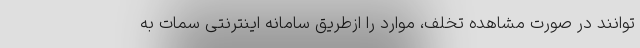
توانند در صورت مشاهده تخلف، موارد را ازطریق سامانه اینترنتی سمات به